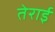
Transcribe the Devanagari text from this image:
तेराई